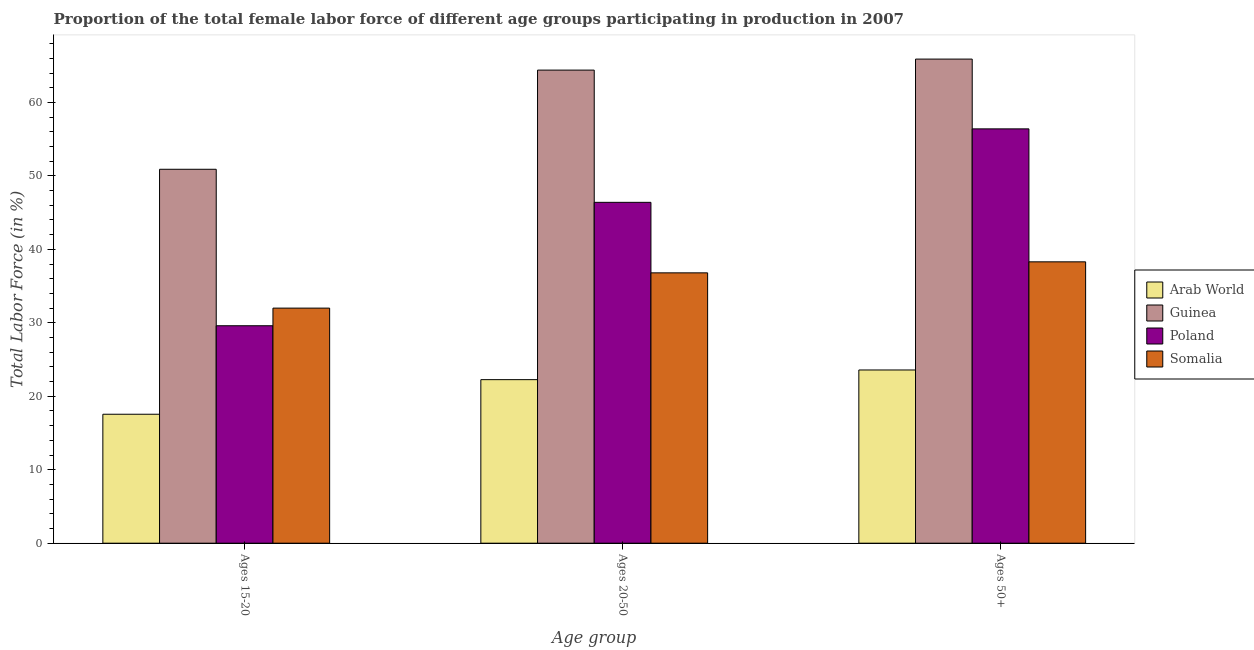
| Age group | Arab World | Guinea | Poland | Somalia |
 | --- | --- | --- | --- | --- |
 | Ages 15-20 | 17.6 | 50.9 | 29.6 | 32 |
 | Ages 20-50 | 22.3 | 64.4 | 46.4 | 36.8 |
 | Ages 50+ | 23.6 | 65.9 | 56.4 | 38.3 |